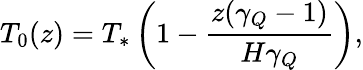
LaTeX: T_{0}(z)=T_{*}\left(1-\frac{z(\gamma_{Q}-1)}{H\gamma_{Q}}\right),